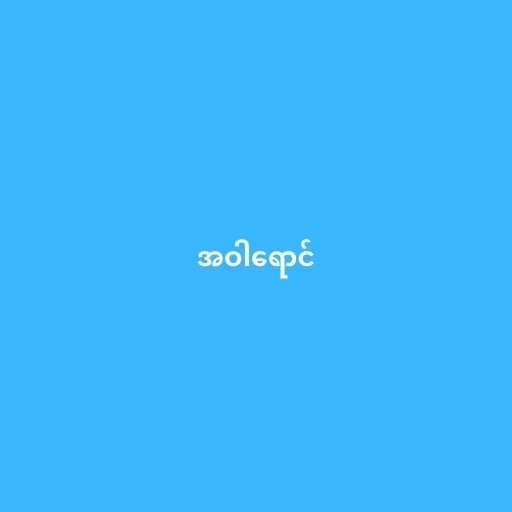
အဝါရောင်